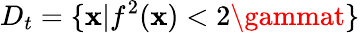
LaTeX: D_{t}=\{ \mathbf{x}|f^{2}(\mathbf{x})<2\gammat\}